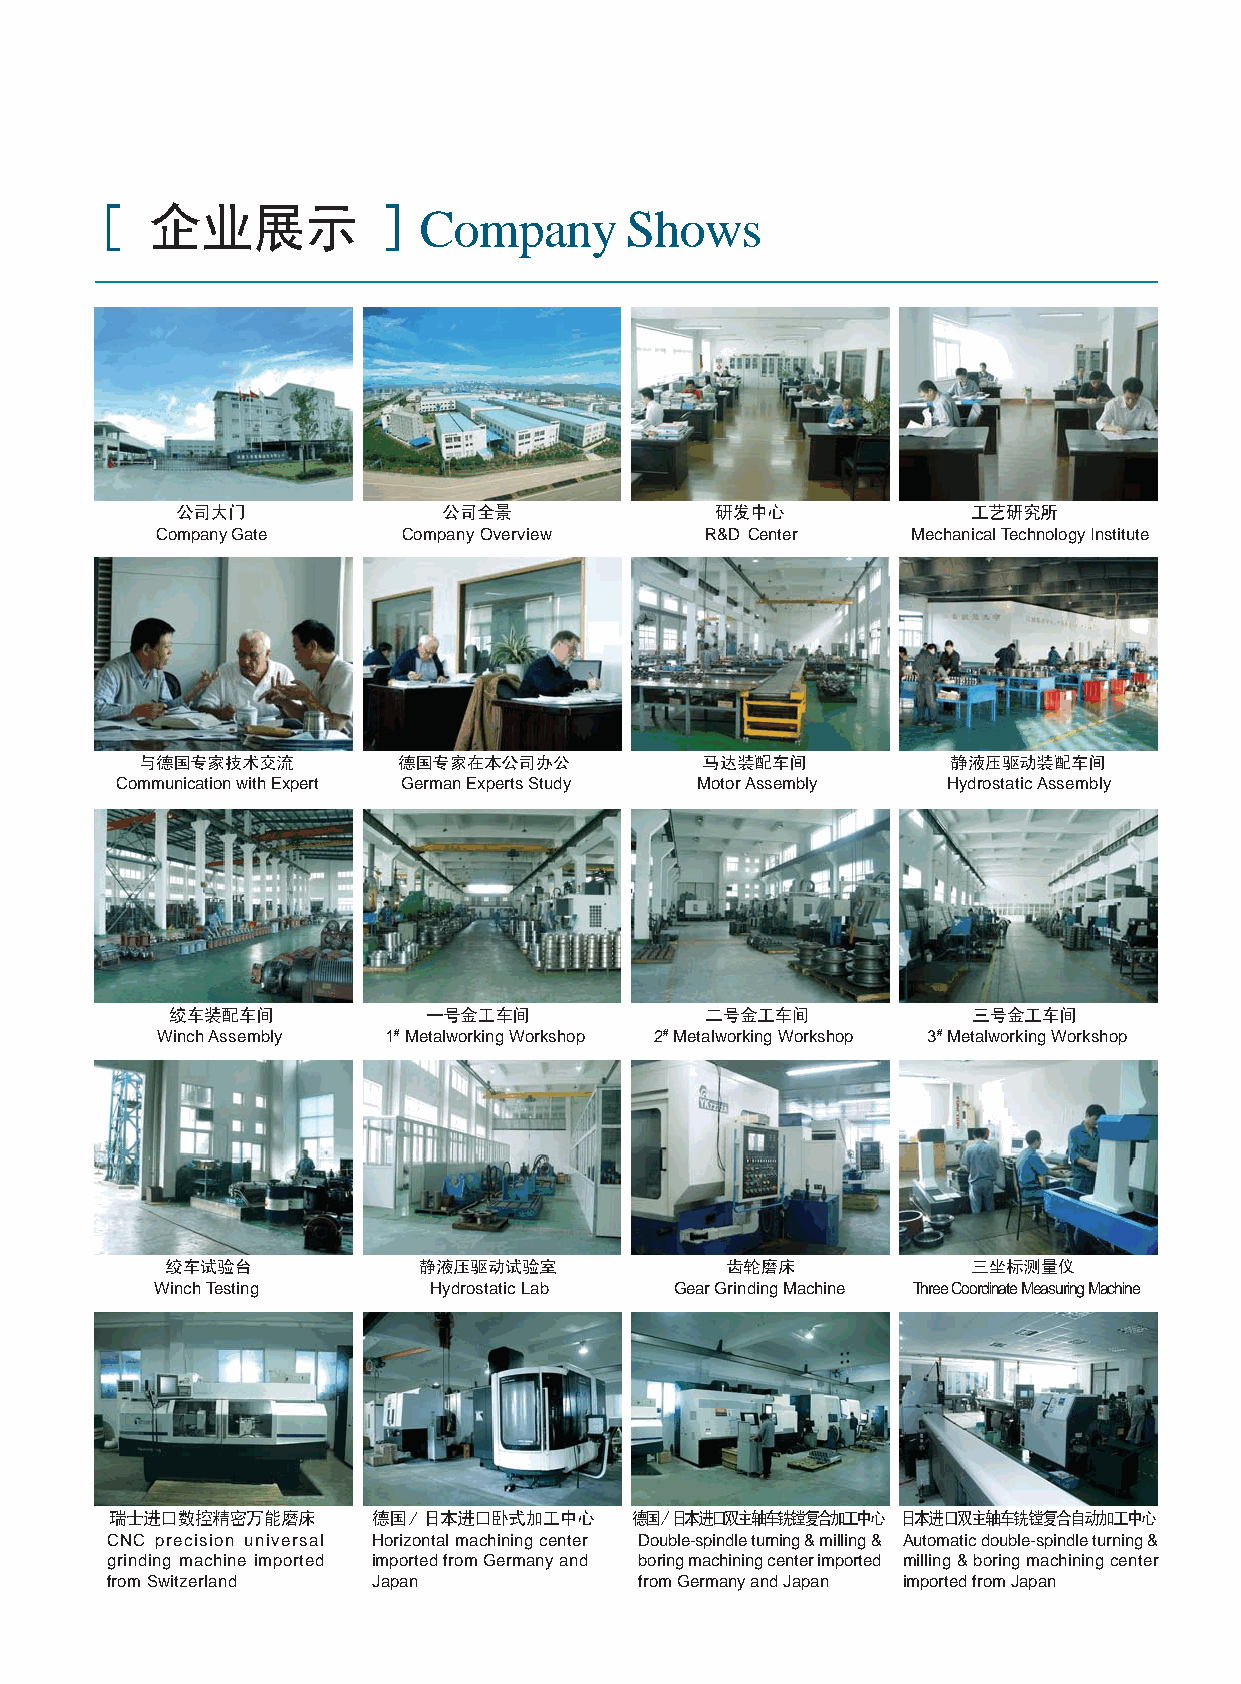
R
 Please read carefully the specifications before selection
 Company      Shows
 Company Gate     Company Overview    R&D Center   Mechanical Technology Institute
 Communication with Expert German Experts Study Motor Assembly Hydrostatic Assembly
 Winch Assembly 1# Metalworking Workshop 2# Metalworking Workshop 3# Metalworking Workshop
 Winch Testing     Hydrostatic Lab  Gear Grinding Machine Three Coordinate Measuring Machine
 CNC precision universal Horizontal machining center Double-spindle turning & milling & Automatic double-spindle turning &
 grinding machine imported imported from Germany and boring machining center imported milling & boring machining center
 from Switzerland  Japan            from Germany and Japan imported from Japan